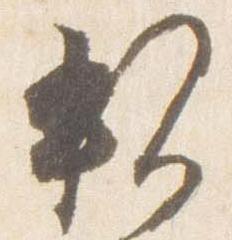
親